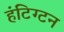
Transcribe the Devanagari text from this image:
हंटिग्टन